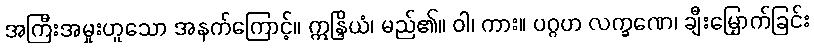
အကြီးအမှုးဟူသော အနက်ကြောင့်။ ဣန္ဒြိယံ၊ မည်၏။ ဝါ၊ ကား။ ပဂ္ဂဟ လက္ခဏေ၊ ချီးမြှောက်ခြင်း